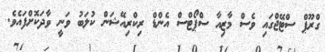
ގްރޫޕް ސްޓޭޖްގައި ވެސް މާޒިއާ ސްޕޯޓްސް އެންޑް ރިކްރިއޭޝަން ކުލަބު ވަނީ ވާދަކޮށްފައެވެ.